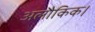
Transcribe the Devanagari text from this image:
अलौकिक।